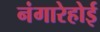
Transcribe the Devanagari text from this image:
नंगारेहोई